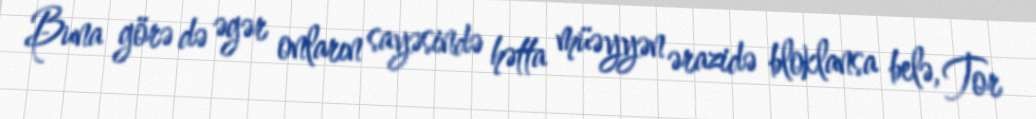
Buna görə də əgər onların sayəsində hətta müəyyən ərazidə bloklansa belə, Tor